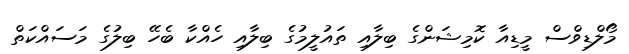
މޯލްޑިވްސް މީޑިއާ ކޮމިޝަންގެ ބިލާއި ތައުލީމުގެ ބިލާއި ހެއްކާ ބެހޭ ބިލުގެ މަސައްކަތް